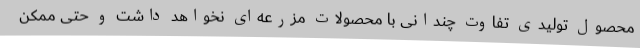
محصول تولیدی تفاوت چندانی با محصولات مزرعه‌ای نخواهد داشت و حتی ممکن